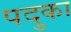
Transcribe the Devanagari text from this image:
पदुका